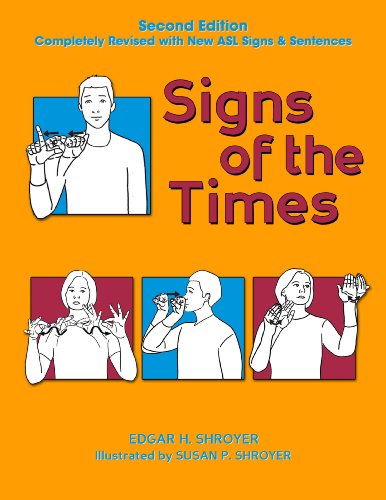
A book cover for Signs of the Times; Edgar H. Shroyer; Reference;